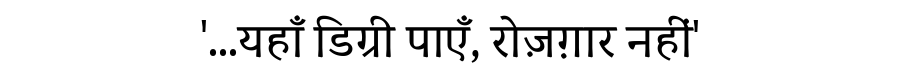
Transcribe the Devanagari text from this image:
'...यहाँ डिग्री पाएँ, रोज़ग़ार नहीं'